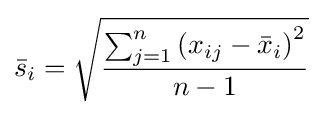
{\bar {s}}_{i}={\sqrt {\frac {\sum _{j=1}^{n}\left(x_{ij}-{\bar {x}}_{i}\right)^{2}}{n-1}}}